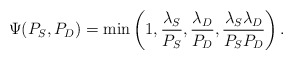
\begin{align*}\Psi(P_{S}, P_{D}) = \min \left( 1, \frac{\lambda_{S}}{P_{S}}, \frac{\lambda_{D}}{P_{D}}, \frac{\lambda_{S}\lambda_{D}}{P_{S} P_{D}} \right).\end{align*}